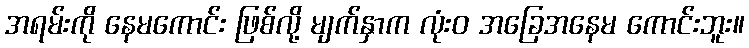
အရမ်းကို နေမကောင်း ဖြစ်လို့ မျက်နှာက လုံးဝ အခြေအနေမ ကောင်းဘူး။